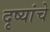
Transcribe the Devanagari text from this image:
दृष्यांचे